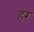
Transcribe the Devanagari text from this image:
हर